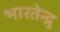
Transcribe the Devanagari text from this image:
भारतेन्द्रु